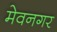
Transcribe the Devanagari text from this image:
मेवनगर